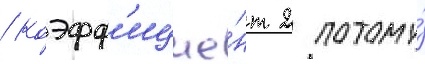
/ коэфф'ицие́нт 2 потому́